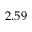
2 . 5 9